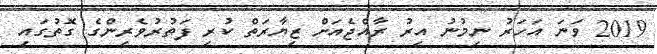
2019 ވަނަ އަހަރު ނިމުނު އިރު ރާއްޖެއަށް ޒިޔާރަތް ކުރި ފަތުރުވެރިންގެ ގޮތުގައި